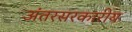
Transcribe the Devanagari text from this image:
अंतरसरकारीय